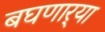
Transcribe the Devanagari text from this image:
बघणार्‍या